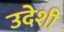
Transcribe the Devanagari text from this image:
उदेशी